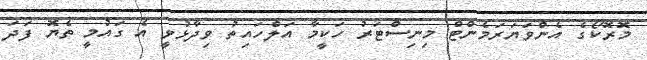
މޮރޮކޯގެ އެންވަޔަރަމެންޓް މިނިސްޓަރު ހަކީމާ އަލްހައިތު ވިދާޅުވީ އެ ގައުމީ ތެޔޮ ފަދަ